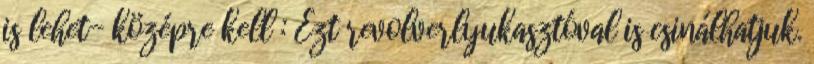
is lehet- középre kell : Ezt revolverlyukasztóval is csinálhatjuk.